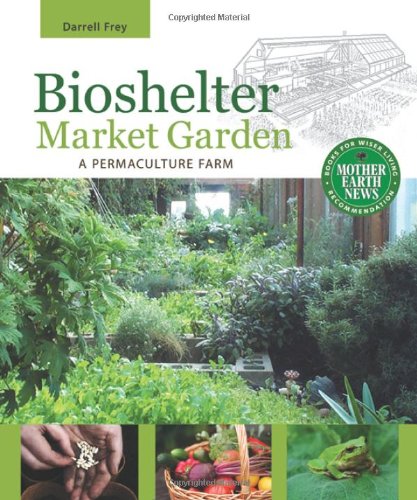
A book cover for Bioshelter Market Garden: A Permaculture Farm; Darrell Frey; Crafts, Hobbies & Home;